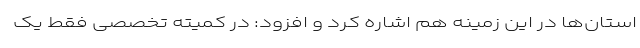
استان‌ها در این زمینه هم اشاره کرد و افزود: در کمیته تخصصی فقط یک